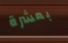
بعشرة